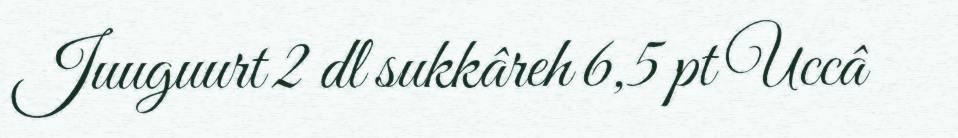
Juuguurt 2 dl sukkâreh 6,5 pt Uccâ